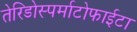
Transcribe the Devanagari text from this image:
तेरिडोस्पर्माटोफाईटा